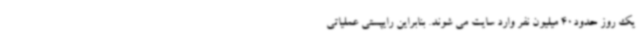
یک روز حدود40 میلیون نفر وارد سایت می شوند. بنابراین رایپستی عملیاتی